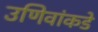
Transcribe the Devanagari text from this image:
उणिवांकडे